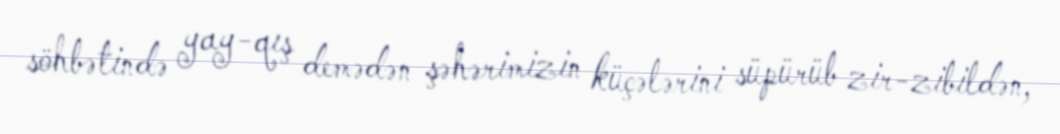
söhbətində yay-qış demədən şəhərimizin küçələrini süpürüb zir-zibildən,